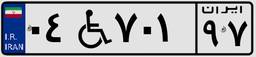
۲۶W۴۹۱۳۹